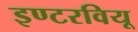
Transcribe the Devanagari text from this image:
इण्टरवियू